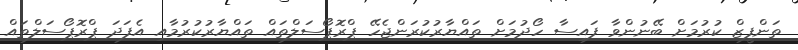
ތަންފީޒް ކުރުމަށް ބޭނުންވާ ފައިސާ ހޯދުމަށް ތައްޔާރުކުރަންޖެހޭ ޕްރޮޕޯސަލްތައް ތައްޔާރުކުރުމާއި އެފަދަ ޕްރޮޕޯސަލްތައް